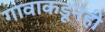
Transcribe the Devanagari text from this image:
गावाकडूनही